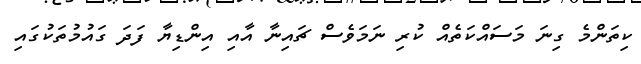
ކިތަންމެ ގިނަ މަސައްކަތެއް ކުރި ނަމަވެސް ޗައިނާ އާއި އިންޑިޔާ ފަދަ ގައުމުތަކުގައި